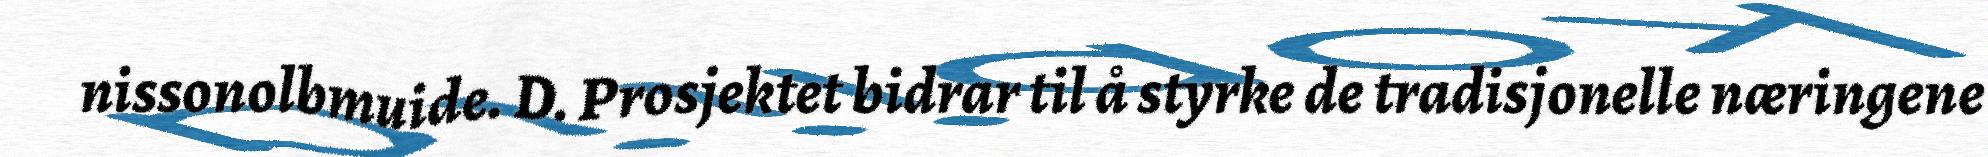
nissonolbmuide. D. Prosjektet bidrar til å styrke de tradisjonelle næringene